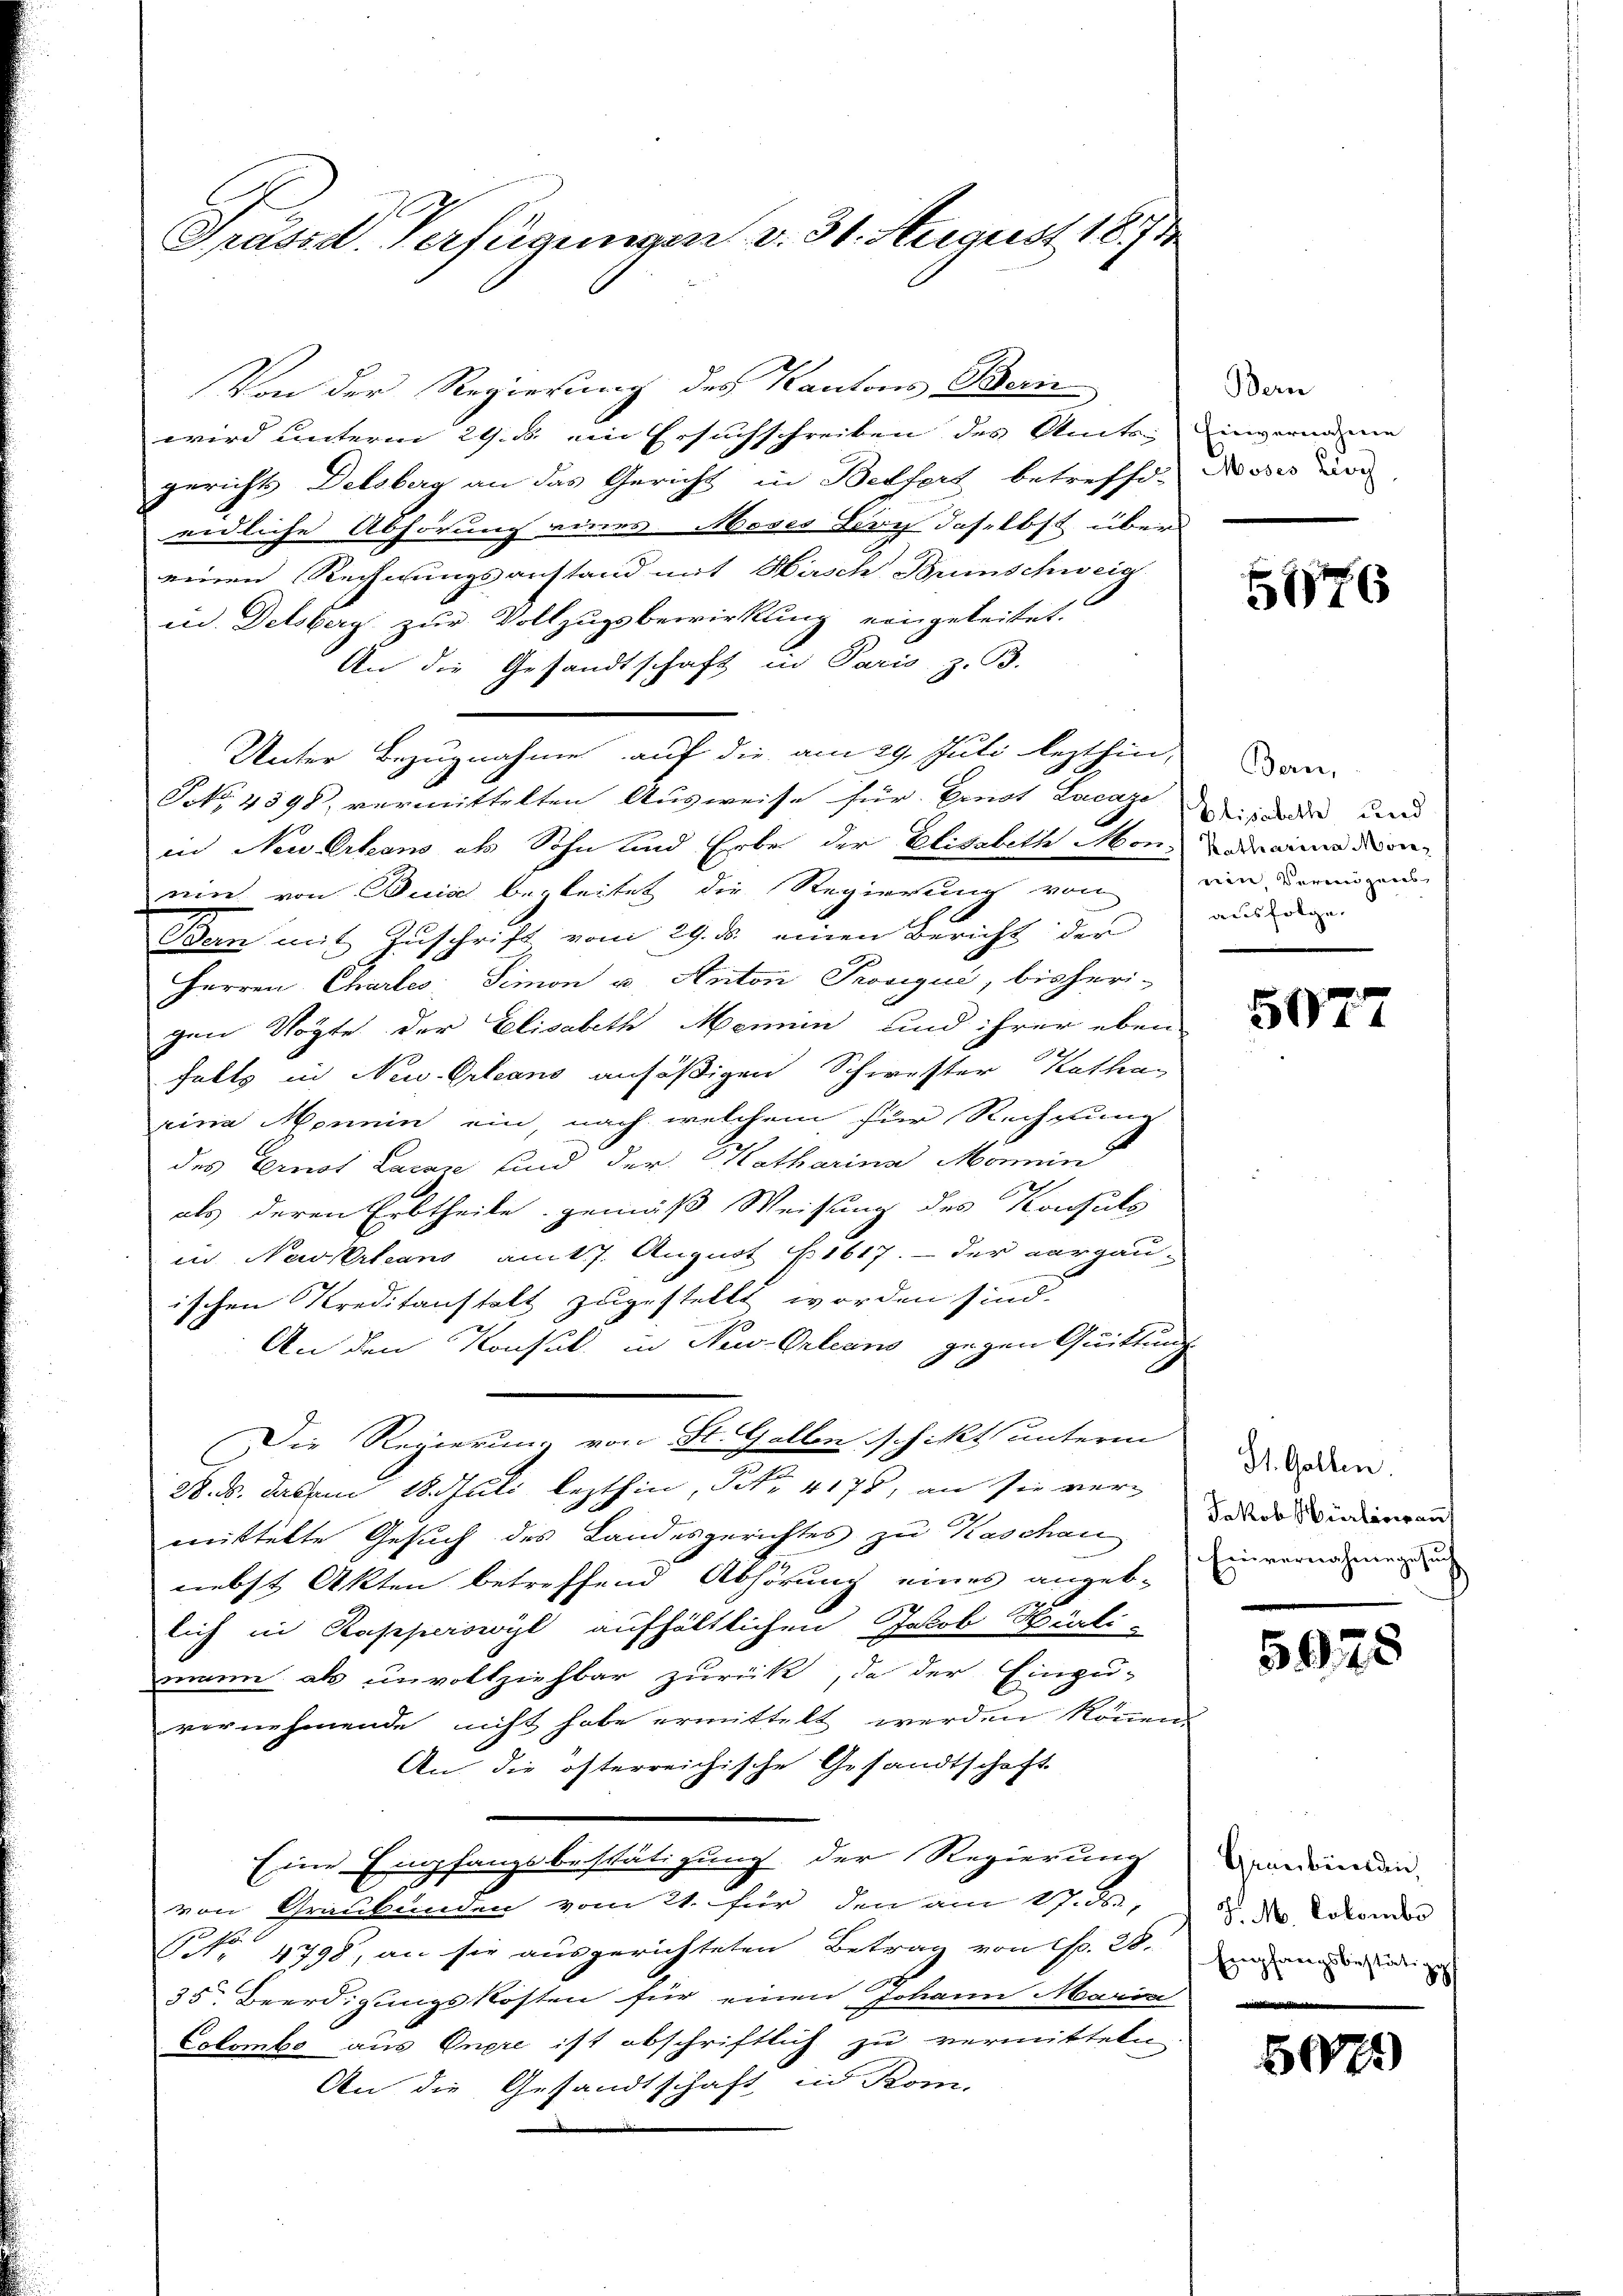
Grüsse. Verfügungen v. 31. August 1874

Von der Regierung des Kantons Bern
wird unterm 29. B. ein Ersuchschreiben des Amts, eingerneme
gerichts Delsberg an das Gericht in Belfort betreffe. Das vor
eidliche Abhörung eines Moses Leich daselbst über
einen Rechnungsanstand mit Hirsch Brunschweig
id. Delsberg zur Vollzugsbewirkung eingeleitet.
An die Gesandtschaft in Paris, z. B.
Unter Bezugnahme auf die am 29. Juli lezthin an-
Pct. 4598, vermittelten Ausweise für Ernst Lacage des und
in Newerkens als Sohn und Erbe der Elisabethe Mond ad aine don
ein von Buis begleitet die Regierung von
Ban mit Zuschrift vom 29. ds. einen Bericht der
Herren Chartes Simon u. Anton Provigui, bisheri-
gen Vögte der Elisabeth Mennin und ihrer eben
falls in New-Orleans ansäßigen Schwester Katha
rira enein ein, nach welchem für Rechnung
des Ernst Lacare sind der Katharina Monnin
als deren Erbtheile gemäß Weisung des Konsuls
in Nassertans am 17. August 1617. - der aargauammenen
ischen Kreditanstalt zugestellt worden sind.
An den Konsul in New-Orleans gegen Quittung
Die Regierung von St. Gallen schikt unterm
28. ds. daben 18. Juli lezthin, et 417, an sie vermittelte Gesuch des Landesgerichtes zu Kaschau
nebst Akten betreffend Abhörung eines angeb-
lich in Raseperswyl aufhältlichen Jakob Hürli-
mann als unvollziehbar zurück, da der Einzu-
vernehmende nicht habe ermittelt werden können.
An die österreichische Gesandtschaft
Eine Empfangsbestätigung der Regierung
von Graubünden vom 21. für den am 17. ds.,
E
NNo. 4798, an sie ausgerichteten Betrag von f. 28.
35. Beerdigungskosten für einen Johann Maria
Colombo aus Onpre ist abschriftlich zu vermitteln
An die Gesandtschaft in Kom-

Bern

¬

5576

eien Vereinigenes
ausfolge.

.
5044

St. Gallen.
Jakob Hürler auf
Einvernahmegesuch

5975

Graubünden,
J. M. Colombe
Empf
fangsbestätige
i

507)